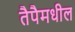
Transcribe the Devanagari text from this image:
तैपैमधील